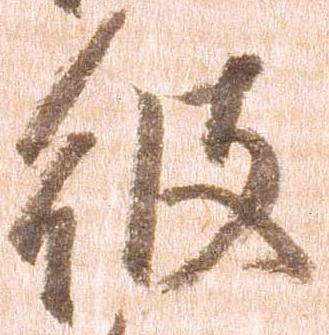
彼